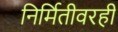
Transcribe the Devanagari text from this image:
निर्मितीवरही